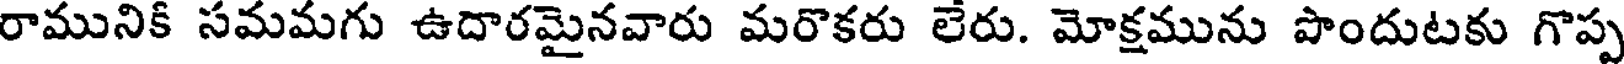
రామునికి సమమగు ఉదారమైనవారు మరొకరు లేరు. మోక్షమును పొందుటకు గొప్ప